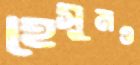
হেসুমও